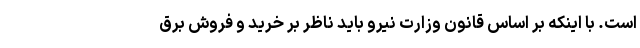
است. با اینکه بر اساس قانون وزارت نیرو باید ناظر بر خرید و فروش برق